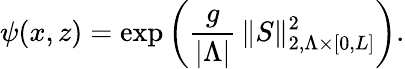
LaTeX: \psi(x,z)=\exp\left(\frac{g}{\vert\Lambda\vert}\, \| S\| _{2,\Lambda\times\lbrack 0,L\rbrack}^{2}\right).